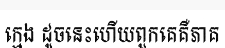
ក្មេង ដូចនេះហើយពួកគេគឺភាគ